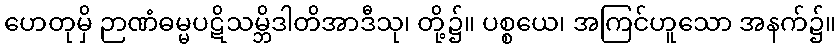
ဟေတုမှိ ဉာဏံဓမ္မပဋိသမ္ဘိဒါတိအာဒီသု၊ တို့၌။ ပစ္စယေ၊ အကြင်ဟူသော အနက်၌။